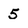
Character: 5